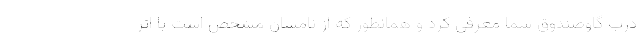
درب گاوصندوق شما معرفی کرد و همانطور که از نامشان مشخص است با اثر